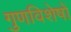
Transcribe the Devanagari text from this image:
गुणविशेषों